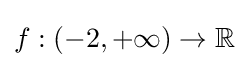
f:(-2,+\infty )\rightarrow \mathbb {R}